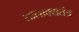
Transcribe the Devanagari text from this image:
शालाक्यतंत्र